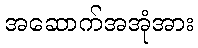
အဆောက်အအုံအား